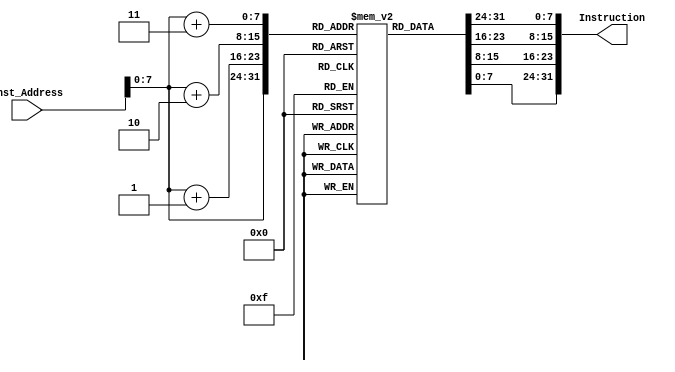
module Instruction_Memory(
    input [63:0] Inst_Address,
    output reg [31:0] Instruction
);
reg [7:0] inst_memory [131:0];

initial
begin
    inst_memory[0] = 8'b10010011;
    inst_memory[1] = 8'b00000010;
    inst_memory[2] = 8'b00110000;
    inst_memory[3] = 8'b00000000;
    
    inst_memory[4] = 8'b00100011;
    inst_memory[5] = 8'b00110010;
    inst_memory[6] = 8'b01010000;
    inst_memory[7] = 8'b00000000;

    inst_memory[8] = 8'b10010011;
    inst_memory[9] = 8'b00000010;
    inst_memory[10] = 8'b00100000;
    inst_memory[11] = 8'b00000000;
    
    inst_memory[12] = 8'b00100011;
    inst_memory[13] = 8'b00110110;
    inst_memory[14] = 8'b01010000;
    inst_memory[15] = 8'b00000000;
    
    inst_memory[16] = 8'b10010011;
    inst_memory[17] = 8'b00000010;
    inst_memory[18] = 8'b10100000;
    inst_memory[19] = 8'b00000000;
    
    inst_memory[20] = 8'b00100011;
    inst_memory[21] = 8'b00111010;
    inst_memory[22] = 8'b01010000;
    inst_memory[23] = 8'b00000000;
    
    inst_memory[24] = 8'b00010011;
    inst_memory[25] = 8'b00000101;
    inst_memory[26] = 8'b01000000;
    inst_memory[27] = 8'b00000000;
    
    inst_memory[28] = 8'b10010011;
    inst_memory[29] = 8'b00000101;
    inst_memory[30] = 8'b00110000;
    inst_memory[31] = 8'b00000000;
    
    inst_memory[32] = 8'b01100011;
    inst_memory[33] = 8'b00010110;
    inst_memory[34] = 8'b00000101;
    inst_memory[35] = 8'b00000000;
    
    //bne 101
    inst_memory[36] = 8'b01100011;
    inst_memory[37] = 8'b10010100;
    inst_memory[38] = 8'b00000101;
    inst_memory[39] = 8'b00000000;

    //beq 011
    inst_memory[40] = 8'b01100011;
    inst_memory[41] = 8'b00001100;
    inst_memory[42] = 8'b00000000;
    inst_memory[43] = 8'b00000100;
    
    inst_memory[44] = 8'b00010011;
    inst_memory[45] = 8'b00001001;
    inst_memory[46] = 8'b00000000;
    inst_memory[47] = 8'b00000000;
    
    inst_memory[48] = 8'b01100011;
    inst_memory[49] = 8'b00000110;
    inst_memory[50] = 8'b10111001;
    inst_memory[51] = 8'b00000100;
    
    inst_memory[52] = 8'b10110011;
    inst_memory[53] = 8'b00001001;
    inst_memory[54] = 8'b00100000;
    inst_memory[55] = 8'b00000001;
    
    inst_memory[56] = 8'b01100011;
    inst_memory[57] = 8'b10001110;
    inst_memory[58] = 8'b10111001;
    inst_memory[59] = 8'b00000010;
    
    inst_memory[60] = 8'b10010011;
    inst_memory[61] = 8'b00010010;
    inst_memory[62] = 8'b00111001;
    inst_memory[63] = 8'b00000000;
    
    inst_memory[64] = 8'b00010011;
    inst_memory[65] = 8'b10010011;
    inst_memory[66] = 8'b00111001;
    inst_memory[67] = 8'b00000000;
    
    inst_memory[68] = 8'b10110011;
    inst_memory[69] = 8'b10000010;
    inst_memory[70] = 8'b10100010;
    inst_memory[71] = 8'b00000000;
    
    inst_memory[72] = 8'b00110011;
    inst_memory[73] = 8'b00000011;
    inst_memory[74] = 8'b10100011;
    inst_memory[75] = 8'b00000000;
    
    inst_memory[76] = 8'b00000011;
    inst_memory[77] = 8'b10111110;
    inst_memory[78] = 8'b00000010;
    inst_memory[79] = 8'b00000000;
    
    inst_memory[80] = 8'b10000011;
    inst_memory[81] = 8'b00111110;
    inst_memory[82] = 8'b00000011;
    inst_memory[83] = 8'b00000000;
    //bge 111
    inst_memory[84] = 8'b01100011;
    inst_memory[85] = 8'b01011100;
    inst_memory[86] = 8'b11011110;
    inst_memory[87] = 8'b00000001;
    
    inst_memory[88] = 8'b00110011;
    inst_memory[89] = 8'b00001111;
    inst_memory[90] = 8'b11000000;
    inst_memory[91] = 8'b00000001;
    
    inst_memory[92] = 8'b00110011;
    inst_memory[93] = 8'b00001110;
    inst_memory[94] = 8'b11010000;
    inst_memory[95] = 8'b00000001;
    
    inst_memory[96] = 8'b10110011;
    inst_memory[97] = 8'b00001110;
    inst_memory[98] = 8'b11100000;
    inst_memory[99] = 8'b00000001;
    
    inst_memory[100] =8'b00100011;
    inst_memory[101] =8'b10110000;
    inst_memory[102] =8'b11000010;
    inst_memory[103] =8'b00000001;
    
    inst_memory[104] =8'b00100011;
    inst_memory[105] =8'b00110000;
    inst_memory[106] =8'b11010011;
    inst_memory[107] =8'b00000001;
    
    inst_memory[108] =8'b10010011;
    inst_memory[109] =8'b10001001;
    inst_memory[110] =8'b00011001;
    inst_memory[111] =8'b00000000;
    
    inst_memory[112] =8'b11100011;
    inst_memory[113] =8'b00000100;
    inst_memory[114] =8'b00000000;
    inst_memory[115] =8'b11111100;
    
    inst_memory[116] =8'b00010011; 
    inst_memory[117] =8'b00001001;
    inst_memory[118] =8'b00011001;
    inst_memory[119] =8'b00000000;

    inst_memory[120] =8'b11100011;
    inst_memory[121] =8'b00001100;
    inst_memory[122] =8'b00000000;
    inst_memory[123] =8'b11111010;
    
    inst_memory[124] =8'b01100011;
    inst_memory[125] =8'b00000010;   
    inst_memory[126] =8'b00000000;
    inst_memory[127] =8'b00000000;
    
    inst_memory[128] =8'b00010011;
    inst_memory[129] =8'b00000000;
    inst_memory[130] =8'b00000000;
    inst_memory[131] =8'b00000000;
    
end
always@(Inst_Address)
    Instruction = {inst_memory[Inst_Address+3],inst_memory[Inst_Address+2],inst_memory[Inst_Address+1], inst_memory[Inst_Address]};
endmodule